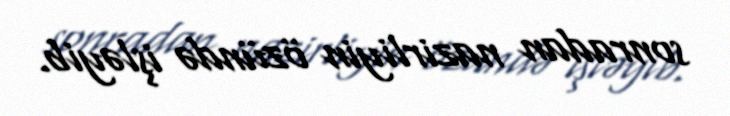
sonradan nazirliyin özündə işləyib.